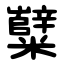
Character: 糱